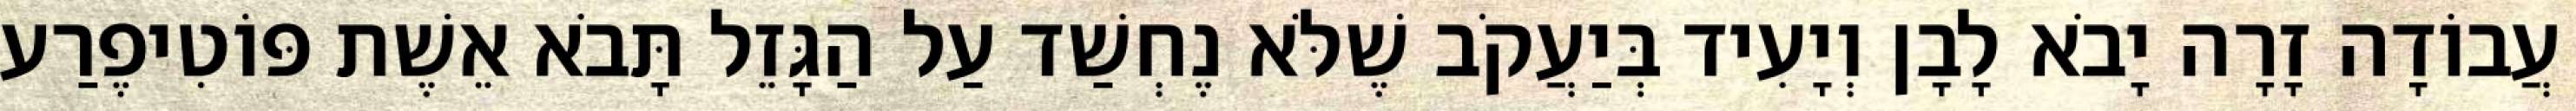
עֲבוֹדָה זָרָה יָבֹא לָבָן וְיָעִיד בְּיַעֲקֹב שֶׁלֹּא נֶחְשַׁד עַל הַגָּזֵל תָּבֹא אֵשֶׁת פּוֹטִיפֶרַע